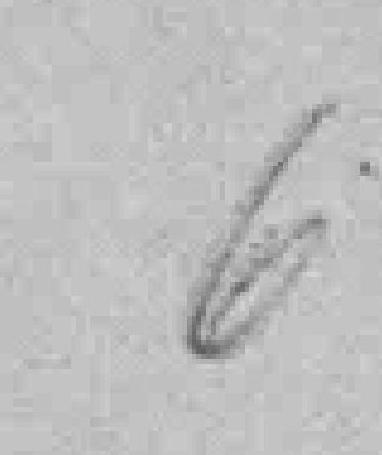
6